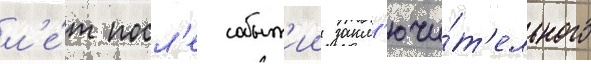
л'е́т посл'е событ'ии закл'ючи́т'ельного